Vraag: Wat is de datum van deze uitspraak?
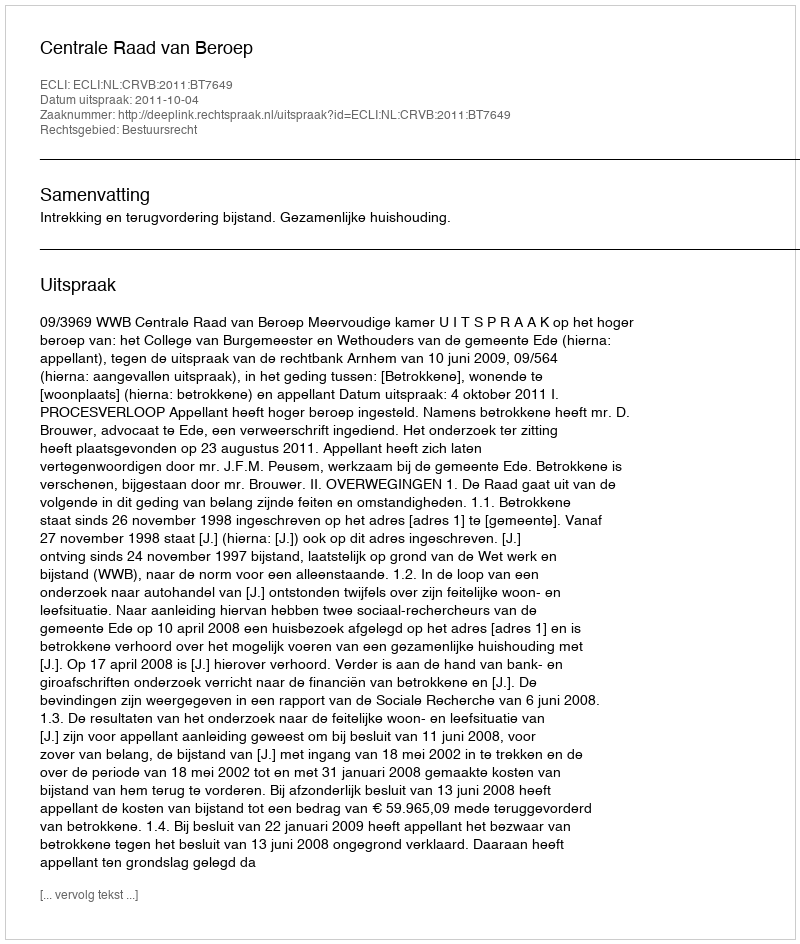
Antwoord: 2011-10-04